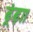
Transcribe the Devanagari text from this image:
ढूंढ़ा।